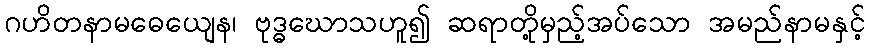
ဂဟိတနာမဓေယျေန၊ ဗုဒ္ဓဃောသဟူ၍ ဆရာတို့မှည့်အပ်သော အမည်နာမနှင့်